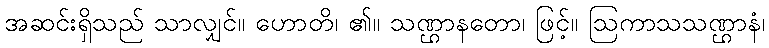
အဆင်းရှိသည် သာလျှင်။ ဟောတိ၊ ၏။ သဏ္ဌာနတော၊ ဖြင့်။ ဩကာသသဏ္ဌာနံ၊